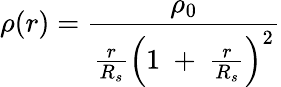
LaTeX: \rho(r)={\frac{\rho_{0}}{{\frac{r}{R_{s}}}\left(1~+~{\frac{r}{R_{s}}}\right)^{2}}}